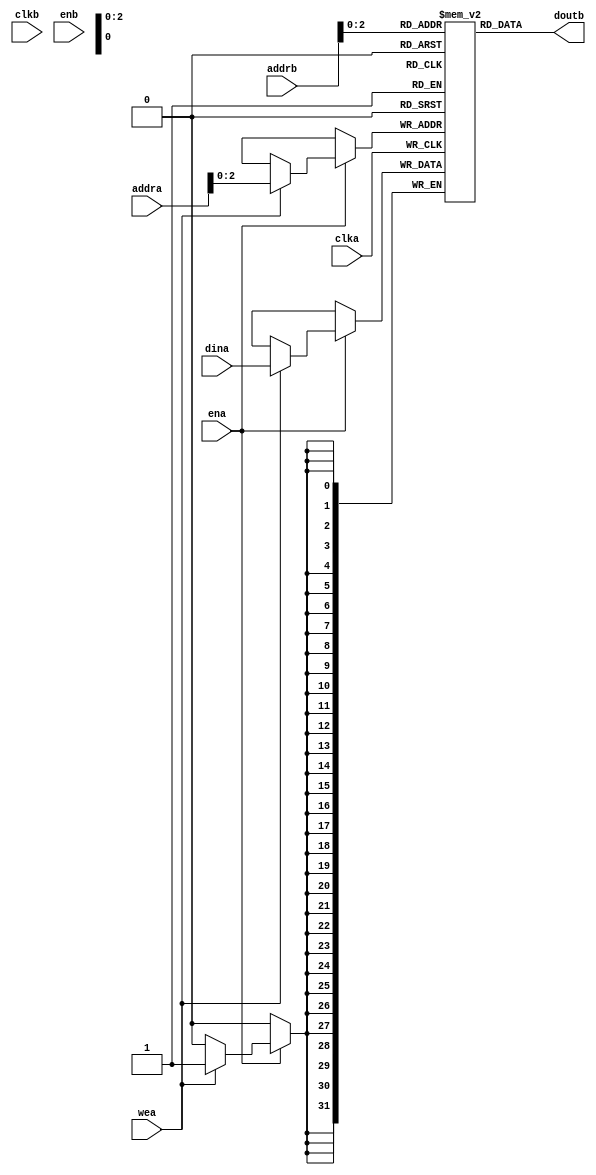
// This program was cloned from: https://github.com/jonas-kaufmann/simbricks-lpn
// License: MIT License

module ram_blk #(
    parameter ADDR_BITS = 5,
    parameter DATA_BITS = 32
)
(
    input [(ADDR_BITS - 1):0] addra,
    input clka,
    input [(DATA_BITS - 1):0] dina,
    input ena,
    input wea,

    input [(ADDR_BITS - 1):0] addrb,
    input clkb,
    output [(DATA_BITS - 1):0] doutb,
    input enb
);

    reg [(DATA_BITS - 1):0] ram [(ADDR_BITS - 1):0];
    //reg [(ADDR_BITS - 1):0] read_addrb;
    reg [(DATA_BITS - 1):0] doutb_r;
 
    always @(posedge clka) begin
        if (ena) begin
            if (wea)
                ram[addra] <= dina;
            //read_addra <= addra;
        end
    end

    /*always @(posedge clkb) begin
        if (enb)  
            doutb_r <= ram[addrb];  
    end
    assign doutb = doutb_r;
    */
  //assign douta = ram[read_addra];
  assign doutb = ram[addrb];
  //
endmodule